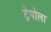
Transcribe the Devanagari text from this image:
ट्रेपोला